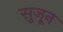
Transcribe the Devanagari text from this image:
सुजून